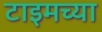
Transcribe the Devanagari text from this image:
टाइमच्या